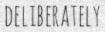
DELIBERATELY